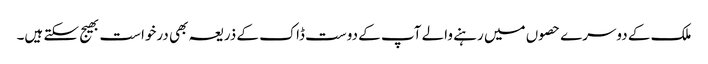
ملک کے دوسرے حصوں میں رہنے والے آپ کے دوست ڈاک کے ذریعہ بھی درخواست بھیج سکتے ہیں۔